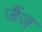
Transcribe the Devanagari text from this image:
जैंज